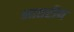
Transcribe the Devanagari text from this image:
भातरीय